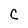
Character: C